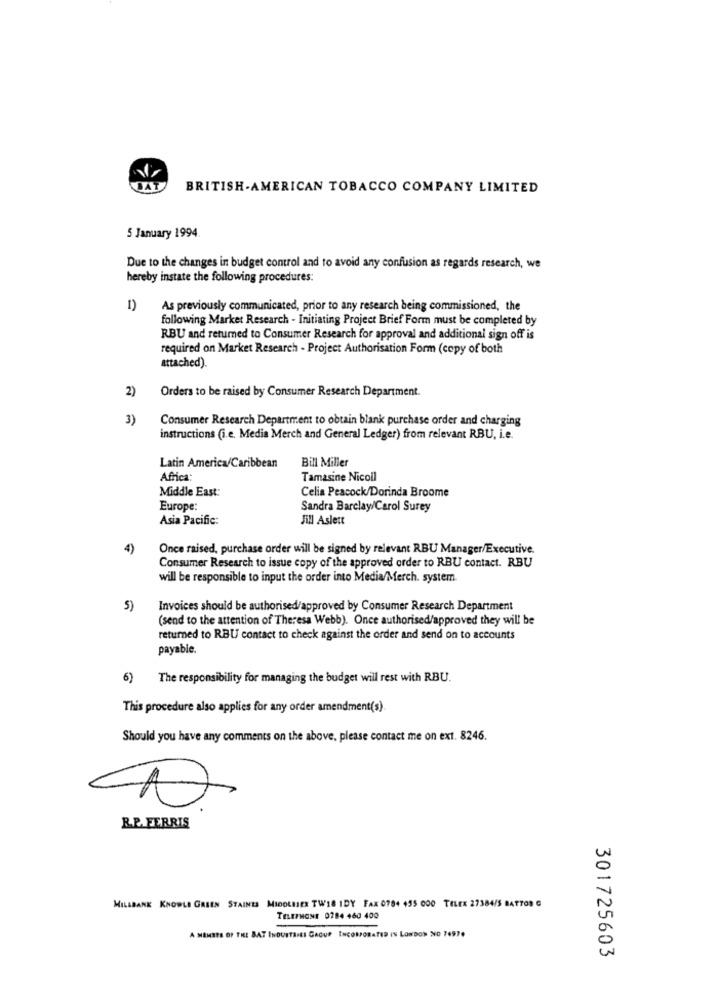
BAT
BRITISH-AMERICAN TOBACCO COMPANY LIMITED
5 January 1994.
Due to the changes in budget control and to avoid any confusion as regards research, we
hereby instate the following procedures:
As previously communicated, prior to any research being commissioned, the
following Market Research - Initiating Project Brief Form must be completed by
RBU and returned to Consumer Research for approval and additional sign off is
required on Market Research - Project Authorisation Form (copy of both
attached).
2)
Orders to be raised by Consumer Research Department.
3)
Consumer Research Department to obtain blank purchase order and charging
instructions (i.e. Media Merch and General Ledger) from relevant RBU, i.e.
Bill Miller
Latin America/Caribbean
Africa
Tamasine Nicoll
Middle East:
Celia Peacock/Dorinda Broome
Europe:
Sandra Barclay/Carol Surey
Asia Pacific:
Jill Aslett
4)
Once raised, purchase order will be signed by relevant RBU Manager/Executive.
Consumer Research to issue copy of the approved order to RBU contact. RBU
will be responsible to input the order into Media/Merch. system.
5)
Invoices should be authorised/approved by Consumer Research Department
(send to the attention of Theresa Webb). Once authorised/approved they will be
returned to RBU contact to check against the order and send on to accounts
payable.
)The responsibility for managing the budget will rest with RBU.
This procedure also applies for any order amendment(s)
Should you have any comments on the above, please contact me on ext. 8246.
R.P. FERRIS
MILLBANK KNOWLE GREEN STAINES MIDOLLSER TWIS IDY FAX 0784 455 000 TELEK 27384/5 BATTOR G
TELEPHONE 0784 460 400
A MEMBER OF THE BAT INDUSTRIEI GROUP INCORPORATED IN LONDON NO 7497.
301725603